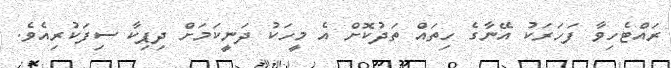
ރައްޓެހިވާ ފަހަަރަކު އޭނާގެ ހިތައް ތަދުކޮށް އެ މީހަކު ދަނީކަމަށް ދިޕިކާ ސިފަކުރިއެވެ.